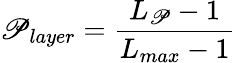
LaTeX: \mathscr{P}_{layer}=\frac{{L_{\mathscr{P}}-1}}{{L_{max}-1}}